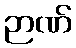
ဉာဏ်